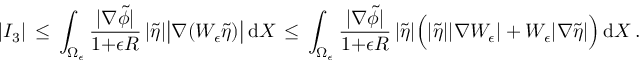
| I _ { 3 } | \, \le \, \int _ { \Omega _ { \epsilon } } \frac { | \nabla \tilde { \phi } | } { 1 { + } \epsilon R } \, | \tilde { \eta } | \bigl | \nabla ( W _ { \epsilon } \tilde { \eta } ) \bigr | \, \mathrm { d } X \, \le \, \int _ { \Omega _ { \epsilon } } \frac { | \nabla \tilde { \phi } | } { 1 { + } \epsilon R } \, | \tilde { \eta } | \Bigl ( | \tilde { \eta } | | \nabla W _ { \epsilon } | + W _ { \epsilon } | \nabla \tilde { \eta } | \Bigr ) \, \mathrm { d } X \, .